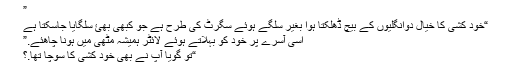
”
“خود کشی کا خیال دوانگلیوں کے بیچ ڈهلکتا ہوا بغیر سلگے ہوئے سگرٹ کی طرح ہے جو کبهی بهئ سلگایا جاسکتا ہے
اسی آسرے پر خود کو بہلاتے ہوئے لائٹر ہمیشہ مٹهی میں ہونا چاهئے.”
“تو گویا آپ نے بهی خود کشی کا سوچا تها.؟